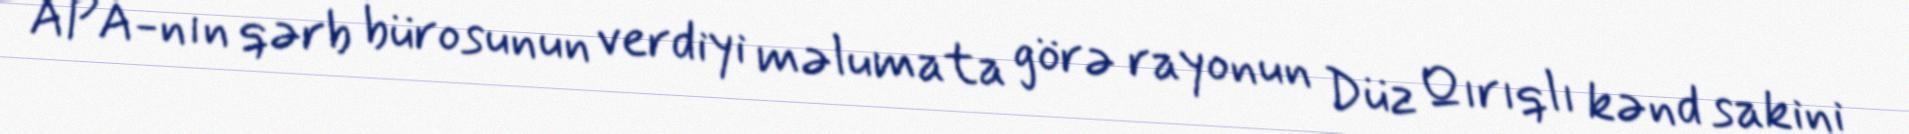
APA-nın qərb bürosunun verdiyi məlumata görə rayonun Düz Qırıqlı kənd sakini